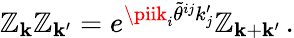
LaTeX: \mathbb{Z}_{{\mathbf{k}}}\mathbb{Z}_{{\mathbf{k}}^{\prime}}=e^{\piik_{i}\tilde{{\theta}}^{ij}k_{j}^{\prime}}\mathbb{Z}_{{\mathbf{k}}+{\mathbf{k}}^{\prime}}\, .